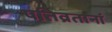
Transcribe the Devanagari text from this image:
पतिव्रतानां